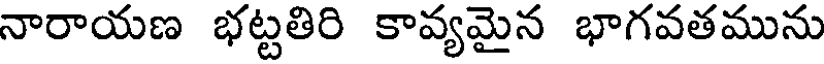
నారాయణ భట్టతిరి కావ్యమైన భాగవతమును